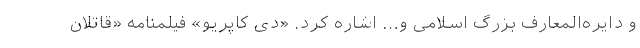
و دایره‌المعارف بزرگ اسلامی و… اشاره کرد. «دی کاپریو» فیلمنامه «قاتلان